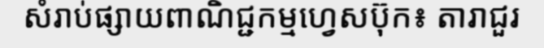
សំរាប់ផ្សាយពាណិជ្ជកម្មហ្វេសប៊ុក៖ តារាជួរ